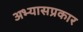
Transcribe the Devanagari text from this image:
अभ्यासप्रकार